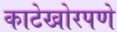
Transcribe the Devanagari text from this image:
काटेखोरपणे